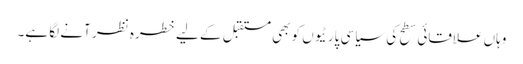
وہاں علاقائی سطح کی سیاسی پارٹیوں کو بھی مستقبل کے لیے خطرہ نظر آنے لگا ہے۔